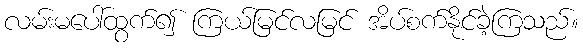
လမ်းမပေါ်ထွက်၍ ကြယ်မြင်လမြင် အိပ်စက်နိုင်ခဲ့ကြသည်။